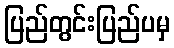
ပြည်တွင်းပြည်ပမှ